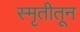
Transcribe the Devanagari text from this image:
स्मृतीतून